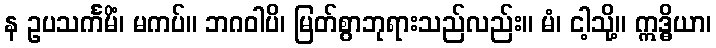
န ဥပသင်္ကမိံ၊ မကပ်။ ဘဂဝါပိ၊ မြတ်စွာဘုရားသည်လည်း။ မံ၊ ငါ့သို့။ ဣဒ္ဓိယာ၊